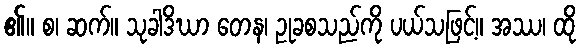
၏။ စ၊ ဆက်။ သုခါဒိဃာ တေန၊ ဥုခစသည်ကို ပယ်သဖြင့်။ အဿ၊ ထို